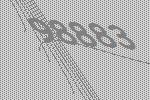
98883